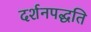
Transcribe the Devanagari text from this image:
दर्शनपद्धति